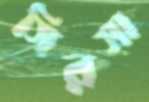
সিরসা